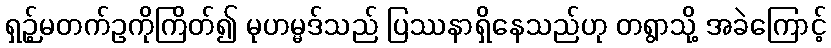
ရှဉ့်မတက်ဥကိုကြိတ်၍ မုဟမ္မဒ်သည် ပြဿနာရှိနေသည်ဟု တရွာသို့ အခဲကြောင့်